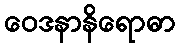
ဝေဒနာနိရောဓာ